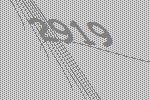
2919